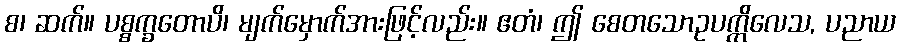
စ၊ ဆက်။ ပစ္စက္ခတောပိ၊ မျက်မှောက်အားဖြင့်လည်း။ ဧတံ၊ ဤ စေတသောဥပက္ကိလေသ, ပညာယ